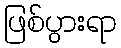
ဖြစ်ပွားရာ